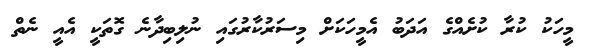
މީހަކު ކުރާ ކުށެއްގެ އަދަބު އެމީހަކަށް މިސަރުކާރުގައި ނުލިބިދާނެ ގޮތަކީ އެއީ ނެތް